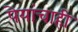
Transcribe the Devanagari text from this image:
पेयांचाही